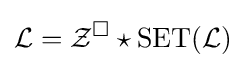
{\mathcal {L}}={\mathcal {Z}}^{\square }\star \operatorname {SET} ({\mathcal {L}})